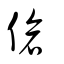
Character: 傖